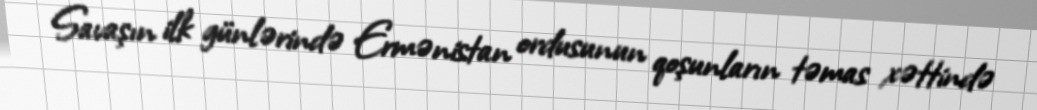
Savaşın ilk günlərində Ermənistan ordusunun qoşunların təmas xəttində